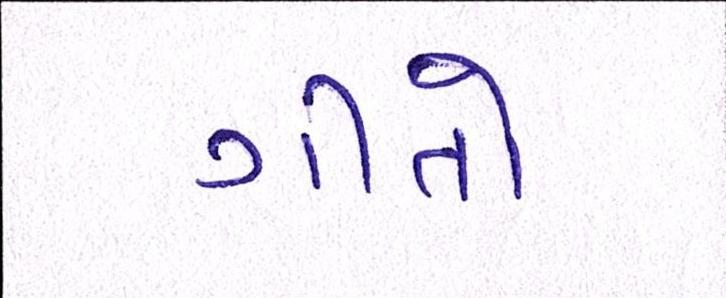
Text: ગીતો